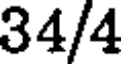
34/4